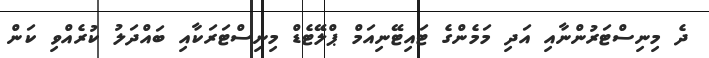
ދެ މިނިސްޓަރުންނާއި އަދި މަމެންގެ ޓައިޓޭނިއަމް ޕްލޭޓެޑް މިނިސްޓަރަކާއި ބައްދަލު ކުރެއްވި ކަން